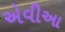
એવીઆ